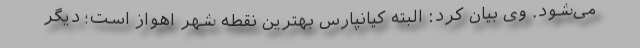
می‌شود. وی بیان کرد: البته کیانپارس بهترین نقطه شهر اهواز است؛ دیگر